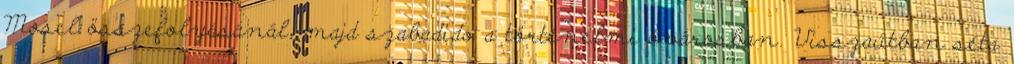
Mosel összefolyásánál, majd szabadido a történelmi óvárosban. Visszaútban séta